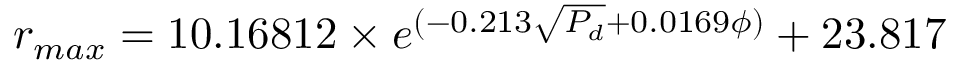
r _ { m a x } = 1 0 . 1 6 8 1 2 \times e ^ { ( - 0 . 2 1 3 \sqrt { P _ { d } } + 0 . 0 1 6 9 \phi ) } + 2 3 . 8 1 7